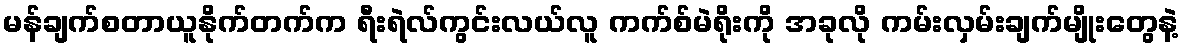
မန်ချက်စတာယူနိုက်တက်က ရီးရဲလ်ကွင်းလယ်လူ ကက်စ်မဲရိုးကို အခုလို ကမ်းလှမ်းချက်မျိုးတွေနဲ့